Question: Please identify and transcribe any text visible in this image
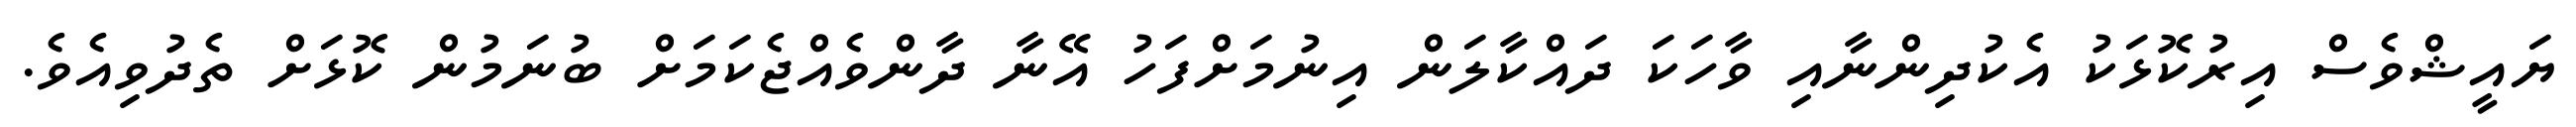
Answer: ޔައީޝްވެސް އިރުކޮޅަކު އެކުދިންނާއި ވާހަކަ ދައްކާލަން އިނުމަށްފަހު އޭނާ ދާންވެއްޖެކަމަށް ބުނަމުން ކޮޅަށް ތެދުވިއެވެ.